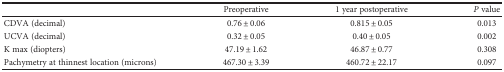
|  | Preoperative | 1 year postoperative | P value |
 | --- | --- | --- | --- |
 | CDVA (decimal) | 0.76 ± 0.06 | 0.815 ± 0.05 | 0.013 |
 | UCVA (decimal) | 0.32 ± 0.05 | 0.40 ± 0.05 | 0.002 |
 | K max (diopters) | 47.19 ± 1.62 | 46.87 ± 0.77 | 0.308 |
 | Pachymetry at thinnest location (microns) | 467.30 ± 3.39 | 460.72 ± 22.17 | 0.097 |